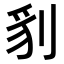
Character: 𭃤